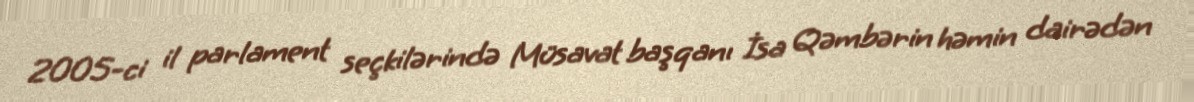
2005-ci il parlament seçkilərində Müsavat başqanı İsa Qəmbərin həmin dairədən